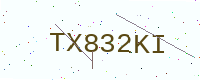
Text: TX832KI